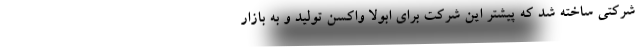
شرکتی ساخته شد که پیشتر این شرکت برای ابولا واکسن تولید و به بازار